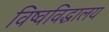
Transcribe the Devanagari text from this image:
विष्वविद्धालय